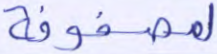
لمصفوفة